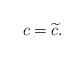
\begin{align*}c=\widetilde{c}. \end{align*}